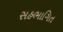
સહભાગિત